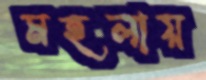
মহলায়